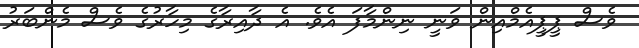
ވެސް ޕީޕީއެމްއިން ވަނީ ނިންމާފަ އެވެ. އެ ދާއިރާގެ މިހާރުގެ ވެސް މެންބަރު